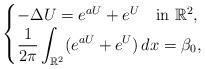
LaTeX: \begin{align*}\begin{cases}-\Delta U = e^{aU} + e^U \quad\mbox{in }\mathbb{R}^2,\\\displaystyle{\frac{1}{2\pi} \int_{\mathbb{R}^2}( e^{aU} + e^U ) \, dx} = \beta_0,\end{cases}\end{align*}